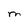
Character: M